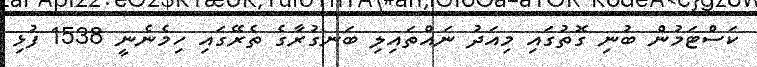
ކަސްޓަމުން ބުނި ގޮތުގައި މިއަދު ނައްތައިލި ބަނގުރާގެ ތެރޭގައި ހިމެނެނީ 1538 ފުޅި